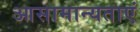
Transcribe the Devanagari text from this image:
आसामान्यताएं